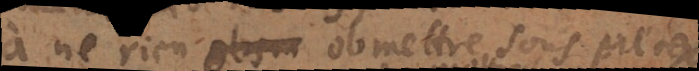
à ne rien obser obmettre sous pretexte